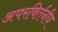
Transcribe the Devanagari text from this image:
अपरविर्तनीय